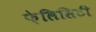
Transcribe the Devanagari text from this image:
फ़ेलिसिटी